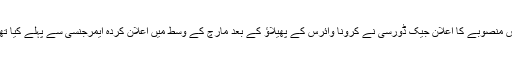
اس منصوبے کا اعلان جیک ڈورسی نے کرونا وائرس کے پھیلاؤ کے بعد مارچ کے وسط میں اعلان کردہ ایمرجنسی سے پہلے کیا تھا۔